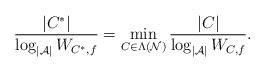
\begin{align*} \dfrac{|C^*|}{\log_{|\mathcal{A}|}W_{C^*,f}} =\min_{C\in\Lambda(\mathcal{N})}\dfrac{|C|}{\log_{|\mathcal{A}|}W_{C,f}}.\end{align*}